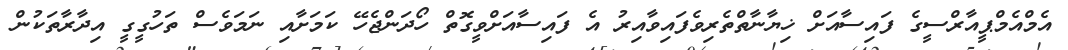
އެމްއެމްޕީއާރްސީގެ ފައިސާއަށް ޚިޔާނާތްތެރިވެފައިވާއިރު އެ ފައިސާއަށްވީގޮތް ހޯދަންޖެހޭ ކަމަށާއި ނަމަވެސް ތަހުގީގީ އިދާރާތަކުން